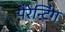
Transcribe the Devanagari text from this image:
पैरेन्टिंग